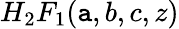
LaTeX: H_{2}F_{1}(\mathtt{a},b,c,z)